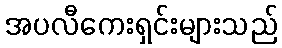
အပလီကေးရှင်းများသည်